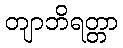
တျာဘိရတ္တာ